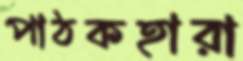
পাঠকহারা